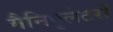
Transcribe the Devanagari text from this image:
मैनिपुलेटरों